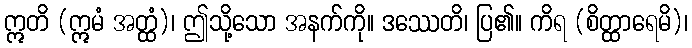
ဣတိ (ဣမံ အတ္ထံ)၊ ဤသို့သော အနက်ကို။ ဒဿေတိ၊ ပြ၏။ ကိရ (စိတ္ထာရေမိ)၊